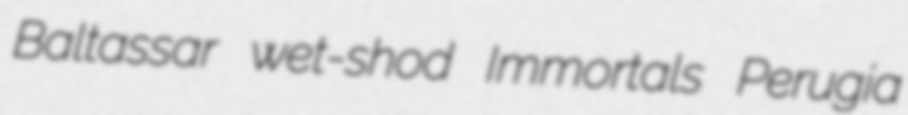
Baltassar wet-shod Immortals Perugia